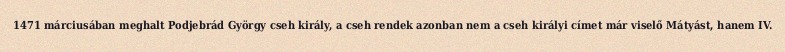
1471 márciusában meghalt Podjebrád György cseh király, a cseh rendek azonban nem a cseh királyi címet már viselő Mátyást, hanem IV.